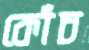
কোঁচ